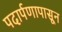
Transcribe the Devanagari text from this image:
पदार्पणापासून